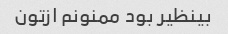
بینظیر بود ممنونم ازتون